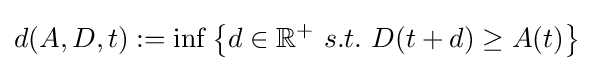
d(A,D,t):=\inf \left\{d\in \mathbb {R} ^{+}~s.t.~D(t+d)\geq A(t)\right\}